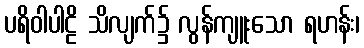
ပရိဝါပါဠိ သိလျက်၌ လွန်ကျူးသော ရဟန်း၊